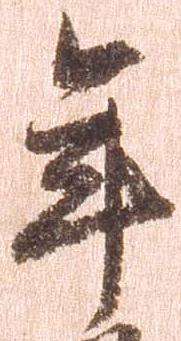
年